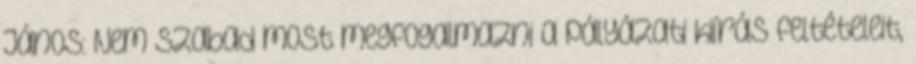
János: Nem szabad most megfogalmazni a pályázati kiírás feltételeit,